Calcutta medical institutions reports 1871-78
Year: 1871
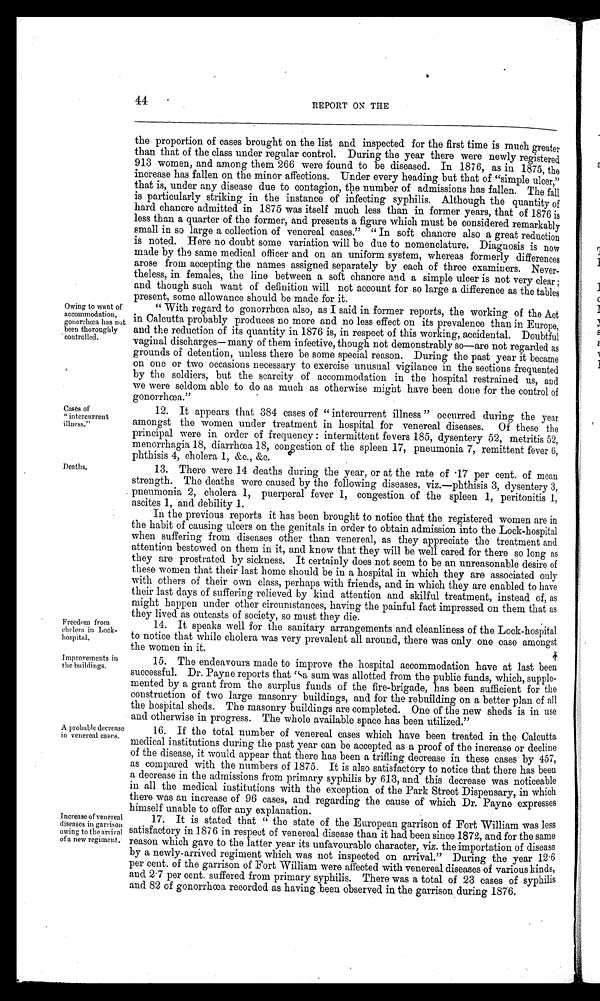
Freedom from
cholera in Lock-
hospital.
Improvements in
the buildings.
44
REPORT ON THE
Owing to want of
accommodation,
gonorrhœa has not
been thoroughly
controlled.
Casts of
" intercurrent
illness."
Deaths.
A probable decrease
in venereal cases.
Increase of venereal
diseases in garrison
owing to the arrival
of a new regiment..
the proportion of cases brought on the list and inspected for the first time is much greater
than that of the class under regular control. During the year there were newly registered
913 women, and among them 266 were found to be diseased. In 1876, as in 1875, the
increase has fallen on the minor affections. Under every heading but that of "simple ulcer,"
that is, under any disease due to contagion, the number of admissions has fallen. The fall
is particularly striking in the instance of infecting syphilis. Although the quantity of
hard chancre admitted in 1875 was itself much less than in former years, that of 1876 is
less than a quarter of the former, and presents a figure which must be considered remarkably
small in so large a collection of venereal cases." " In soft chancre also a great reduction
is noted. Here no doubt some variation will be due to nomenclature. Diagnosis is now
made by the same medical officer and on an uniform system, whereas formerly differences
arose from accepting the names assigned separately by each of three examiners. Never-
theless, in females, the line between a soft chancre and a simple ulcer is not very clear;
and though such want of definition will not account for so large a difference as the tables
present, some allowance should be made for it.
" With regard to gonorrhoea also, as I said in former reports, the working of the Act
in Calcutta probably produces no more and no less effect on its prevalence than in Europe,
and the reduction of its quantity in 1876 is, in respect of this working, accidental. Doubtful
vaginal discharges— many of them infective, though not demonstrably so—are not regarded as
grounds of detention, unless there be some special reason. During the past year it became
on one or two occasions necessary to exercise unusual vigilance in the sections frequented
by the soldiers, but the scarcity of accommodation in the hospital restrained us, and
we were seldom able to do as much as otherwise might have been done for the control of
gonorrhoea."
12. It appears that 384 cases of " intercurrent illness " occurred during the year
amongst the women under treatment in hospital for venereal diseases. Of these the
principal were in order of frequency : intermittent fevers 185, dysentery 52, metritis 52,
menorrhagia 18, diarrhœa 18, congestion of the spleen 17, pneumonia 7, remittent fever 6,
phthisis 4, cholera 1, &c., &c.
13. There were 14 deaths during the year, or at the rate of •17 per cent. of mean
strength. The deaths were caused by the following diseases, viz.—phthisis 3, dysentery 3,
pneumonia 2, cholera 1, puerperal fever 1, congestion of the spleen 1, peritonitis 1,
ascites 1, and debility 1.
In the previous reports it has been brought to notice that the registered women are in
the habit of causing ulcers on the genitals in order to obtain admission into the Lock-hospital
when suffering from diseases other than venereal, as they appreciate the treatment and
attention bestowed on them in it, and know that they will be well cared for there so long as
they are prostrated by sickness. It certainly does not seem to be an unreasonable desire of
these women that their last home should be in a hospital in which they are associated only
with others of their own class, perhaps with friends, and in which they are enabled to have
their last days of suffering relieved by kind attention and skilful treatment, instead of, as
might happen under other circumstances, having the painful fact impressed on them that as
they lived as outcasts of society, so must they die.
14. It speaks well for the sanitary arrangements and cleanliness of the Lock-hospital
to notice that while cholera was very prevalent all around, there was only one case amongst
the women in it.
15. The endeavours made to improve the hospital accommodation have at last been
successful. Dr. Payne reports that "a sum was allotted from the public funds, which, supple-
mented by a grant from the surplus funds of the fire-brigade, has been sufficient for the
construction of two large masonry buildings, and for the rebuilding on a better plan of all
the hospital sheds. The masonry buildings are completed. One of the new sheds is in use
and otherwise in progress. The whole available space has been utilized."
16. If the total number of venereal cases which have been treated in the Calcutta
medical institutions during the past year can be accepted as a proof of the increase or decline
of the disease, it would appear that there has been a trifling decrease in these cases by 457,
as compared with the numbers of 1875. It is also satisfactory to notice that there has been
a decrease in the admissions from primary syphilis by 613, and this decrease was noticeable
in all the medical institutions with the exception of the Park Street Dispensary, in which
there was an increase of 96 cases, and regarding the cause of which Dr. Payne expresses
himself unable to offer any explanation.
17. It is stated that " the state of the European garrison of Fort William was less
satisfactory in 1876 in respect of venereal disease than it had been since 18'7;1, and for the same
reason which gave to the latter year its unfavourable character, viz. the importation of disease
by a newly-arrived regiment which was not inspected on arrival." During the year 12 . 6
per cent. of the garrison of Fort William were affected with venereal diseases of various kinds,
and 2.7 per cent. suffered from primary syphilis. There was a total of 23 cases of syphilis
and 82 of gonorrhoea recorded as having been observed in the garrison during 1876.